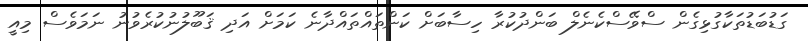
ގަޑުބަޑުތަކާގުޅިގެން ސްވޭސްކެނެލް ބަންދުކުރާ ހިސާބަށް ކަންތައްތައްދާނެ ކަމަށް އަދި ޤަބޫލުނުކުރެވުނު ނަމަވެސް މިއީ